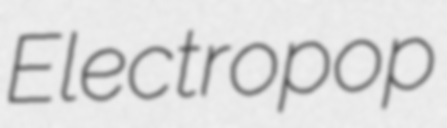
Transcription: Electropop